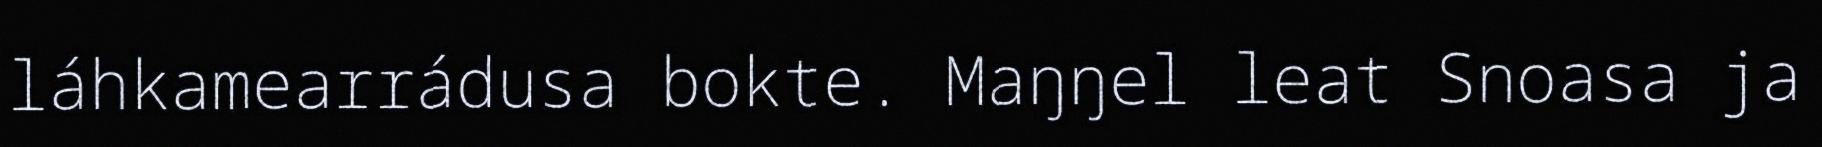
láhkamearrádusa bokte. Maŋŋel leat Snoasa ja